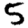
Digit: 5